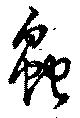
虫